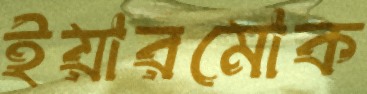
ইয়ারমোক